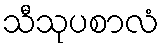
သီသုပစာလံ